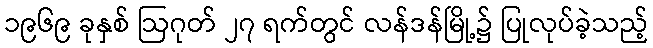
၁၉၆၉ ခုနှစ် ဩဂုတ် ၂၇ ရက်တွင် လန်ဒန်မြို့၌ ပြုလုပ်ခဲ့သည့်